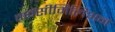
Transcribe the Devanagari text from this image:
मक्सीमिलिअन